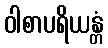
ဝါစာပရိယန္တံ